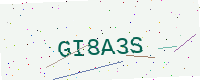
Text: GI8A3S